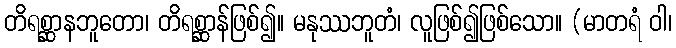
တိရစ္ဆာနဘူတော၊ တိရစ္ဆာန်ဖြစ်၍။ မနုဿဘူတံ၊ လူဖြစ်၍ဖြစ်သော။ (မာတရံ ဝါ၊